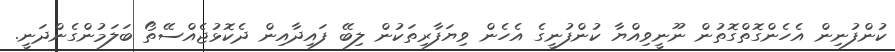
ކުންފުނިން އެހެންގޮތްގޮތުން ނޫނީވިއްޔާ ކުންފުނީގެ އެހެން ވިޔަފާރިތަކުން ލިބޭ ފައިދާއިން ދެކޮޅުޖެއްސޭތޯ ބަލަމުންގެންދަނީ.